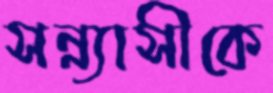
সন্ন্যাসীকে